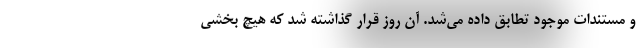
و مستندات موجود تطابق داده می‌شد. آن روز قرار گذاشته شد که هیچ بخشی